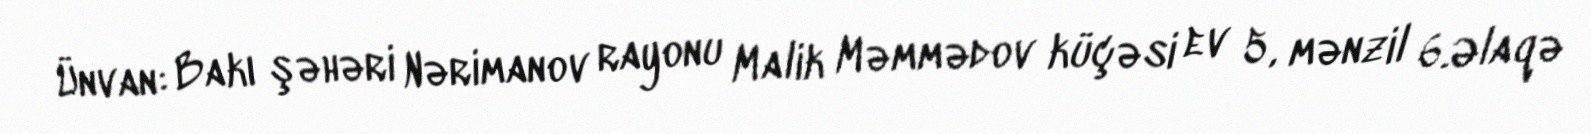
Ünvan: Bakı şəhəri Nərimanov rayonu Malik Məmmədov küçəsi ev 5, mənzil 6.Əlaqə